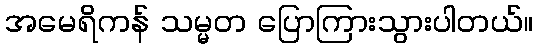
အမေရိကန် သမ္မတ ပြောကြားသွားပါတယ်။